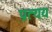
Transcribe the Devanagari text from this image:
प्रत्‍यय